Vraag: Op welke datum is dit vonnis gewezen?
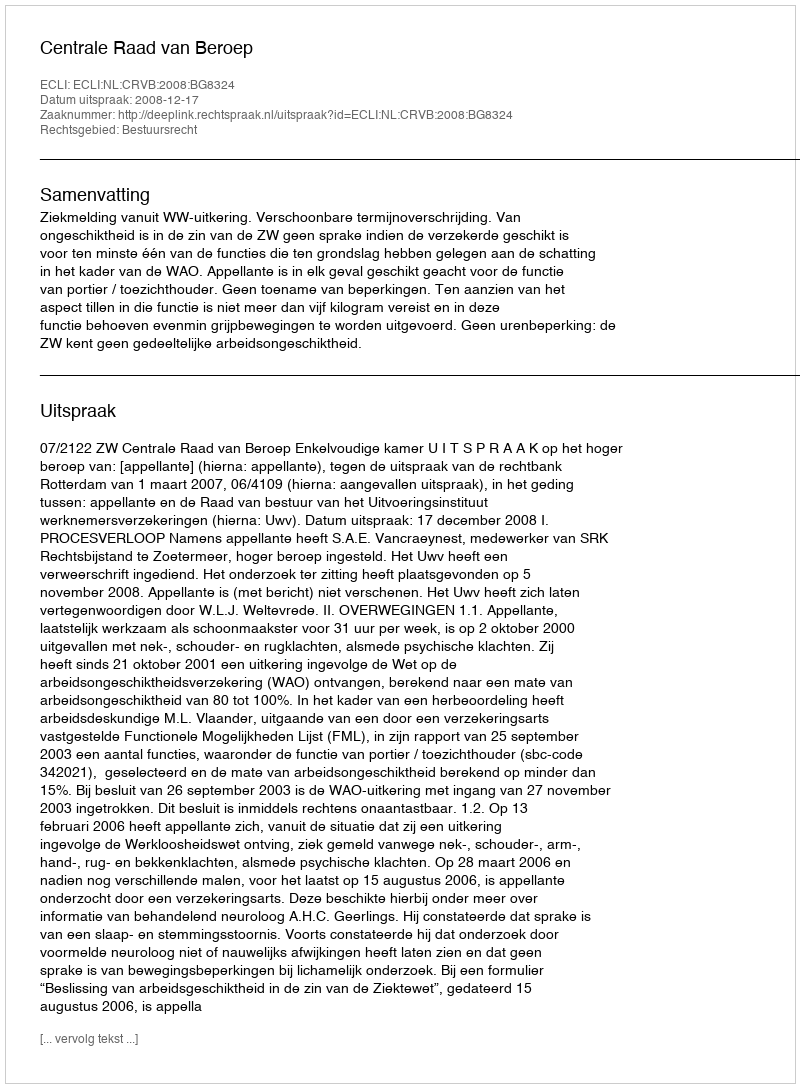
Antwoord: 2008-12-17